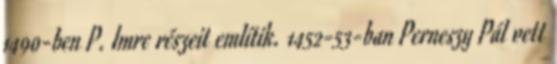
1490-ben P. Imre részeit említik. 1452-53-ban Perneszy Pál vett